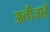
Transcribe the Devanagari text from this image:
अलीज़ाई